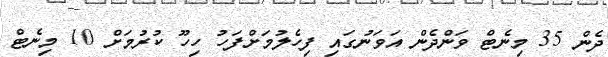
ދެން 35 މިނެޓް ވަންދެން އަވަނުގައި ފިހެލުމަށްފަހު ހިހޫ ކުރުމަށް 10 މިނެޓް